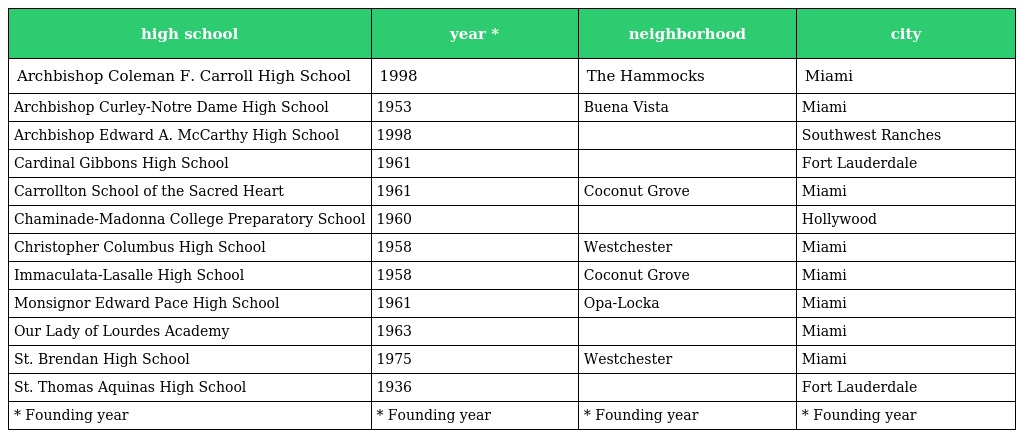
| high school | year * | neighborhood | city |
 | --- | --- | --- | --- |
 | Archbishop Coleman F. Carroll High School | 1998 | The Hammocks | Miami |
 | Archbishop Curley-Notre Dame High School | 1953 | Buena Vista | Miami |
 | Archbishop Edward A. McCarthy High School | 1998 |  | Southwest Ranches |
 | Cardinal Gibbons High School | 1961 |  | Fort Lauderdale |
 | Carrollton School of the Sacred Heart | 1961 | Coconut Grove | Miami |
 | Chaminade-Madonna College Preparatory School | 1960 |  | Hollywood |
 | Christopher Columbus High School | 1958 | Westchester | Miami |
 | Immaculata-Lasalle High School | 1958 | Coconut Grove | Miami |
 | Monsignor Edward Pace High School | 1961 | Opa-Locka | Miami |
 | Our Lady of Lourdes Academy | 1963 |  | Miami |
 | St. Brendan High School | 1975 | Westchester | Miami |
 | St. Thomas Aquinas High School | 1936 |  | Fort Lauderdale |
 | * Founding year | * Founding year | * Founding year | * Founding year |